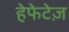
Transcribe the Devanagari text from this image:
हेफेटेज़